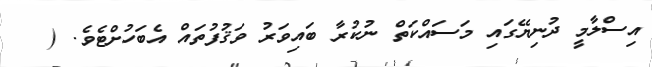
އިސްލާމީ ދުނިޔޭގައި މަސައްކަތް ނުކުރާ ބައިވަރު ވަޤުފުތައް އެބަހުށްޓެވެ. (